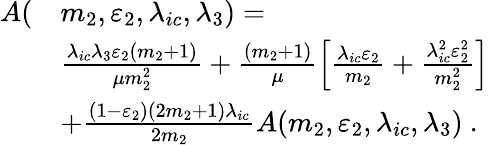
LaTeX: \begin{array}{rl}{A(}&{m_{2},\varepsilon_{2},\lambda_{ic},\lambda_{3})=}\\ &{\frac{\lambda_{ic}\lambda_{3}\varepsilon_{2}(m_{2}+1)}{\mu m_{2}^{2}}+\frac{(m_{2}+1)}{\mu}\left[\frac{\lambda_{ic}\varepsilon_{2}}{m_{2}}+\frac{\lambda_{ic}^{2}\varepsilon_{2}^{2}}{m_{2}^{2}}\right]}\\ &{+\frac{(1-\varepsilon_{2})(2m_{2}+1)\lambda_{ic}}{2m_{2}}A(m_{2},\varepsilon_{2},\lambda_{ic},\lambda_{3})~.}\end{array}